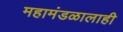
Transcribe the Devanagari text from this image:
महामंडळालाही